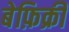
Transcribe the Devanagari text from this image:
बेफ़िक्री